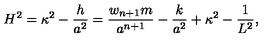
H ^ { 2 } = \kappa ^ { 2 } - { \frac { h } { a ^ { 2 } } } = { \frac { w _ { n + 1 } m } { a ^ { n + 1 } } } - { \frac { k } { a ^ { 2 } } } + \kappa ^ { 2 } - { \frac { 1 } { L ^ { 2 } } } ,